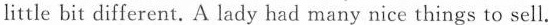
little bit different. A lady had many nice things to sell.